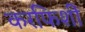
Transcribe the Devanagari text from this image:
करफिशीं